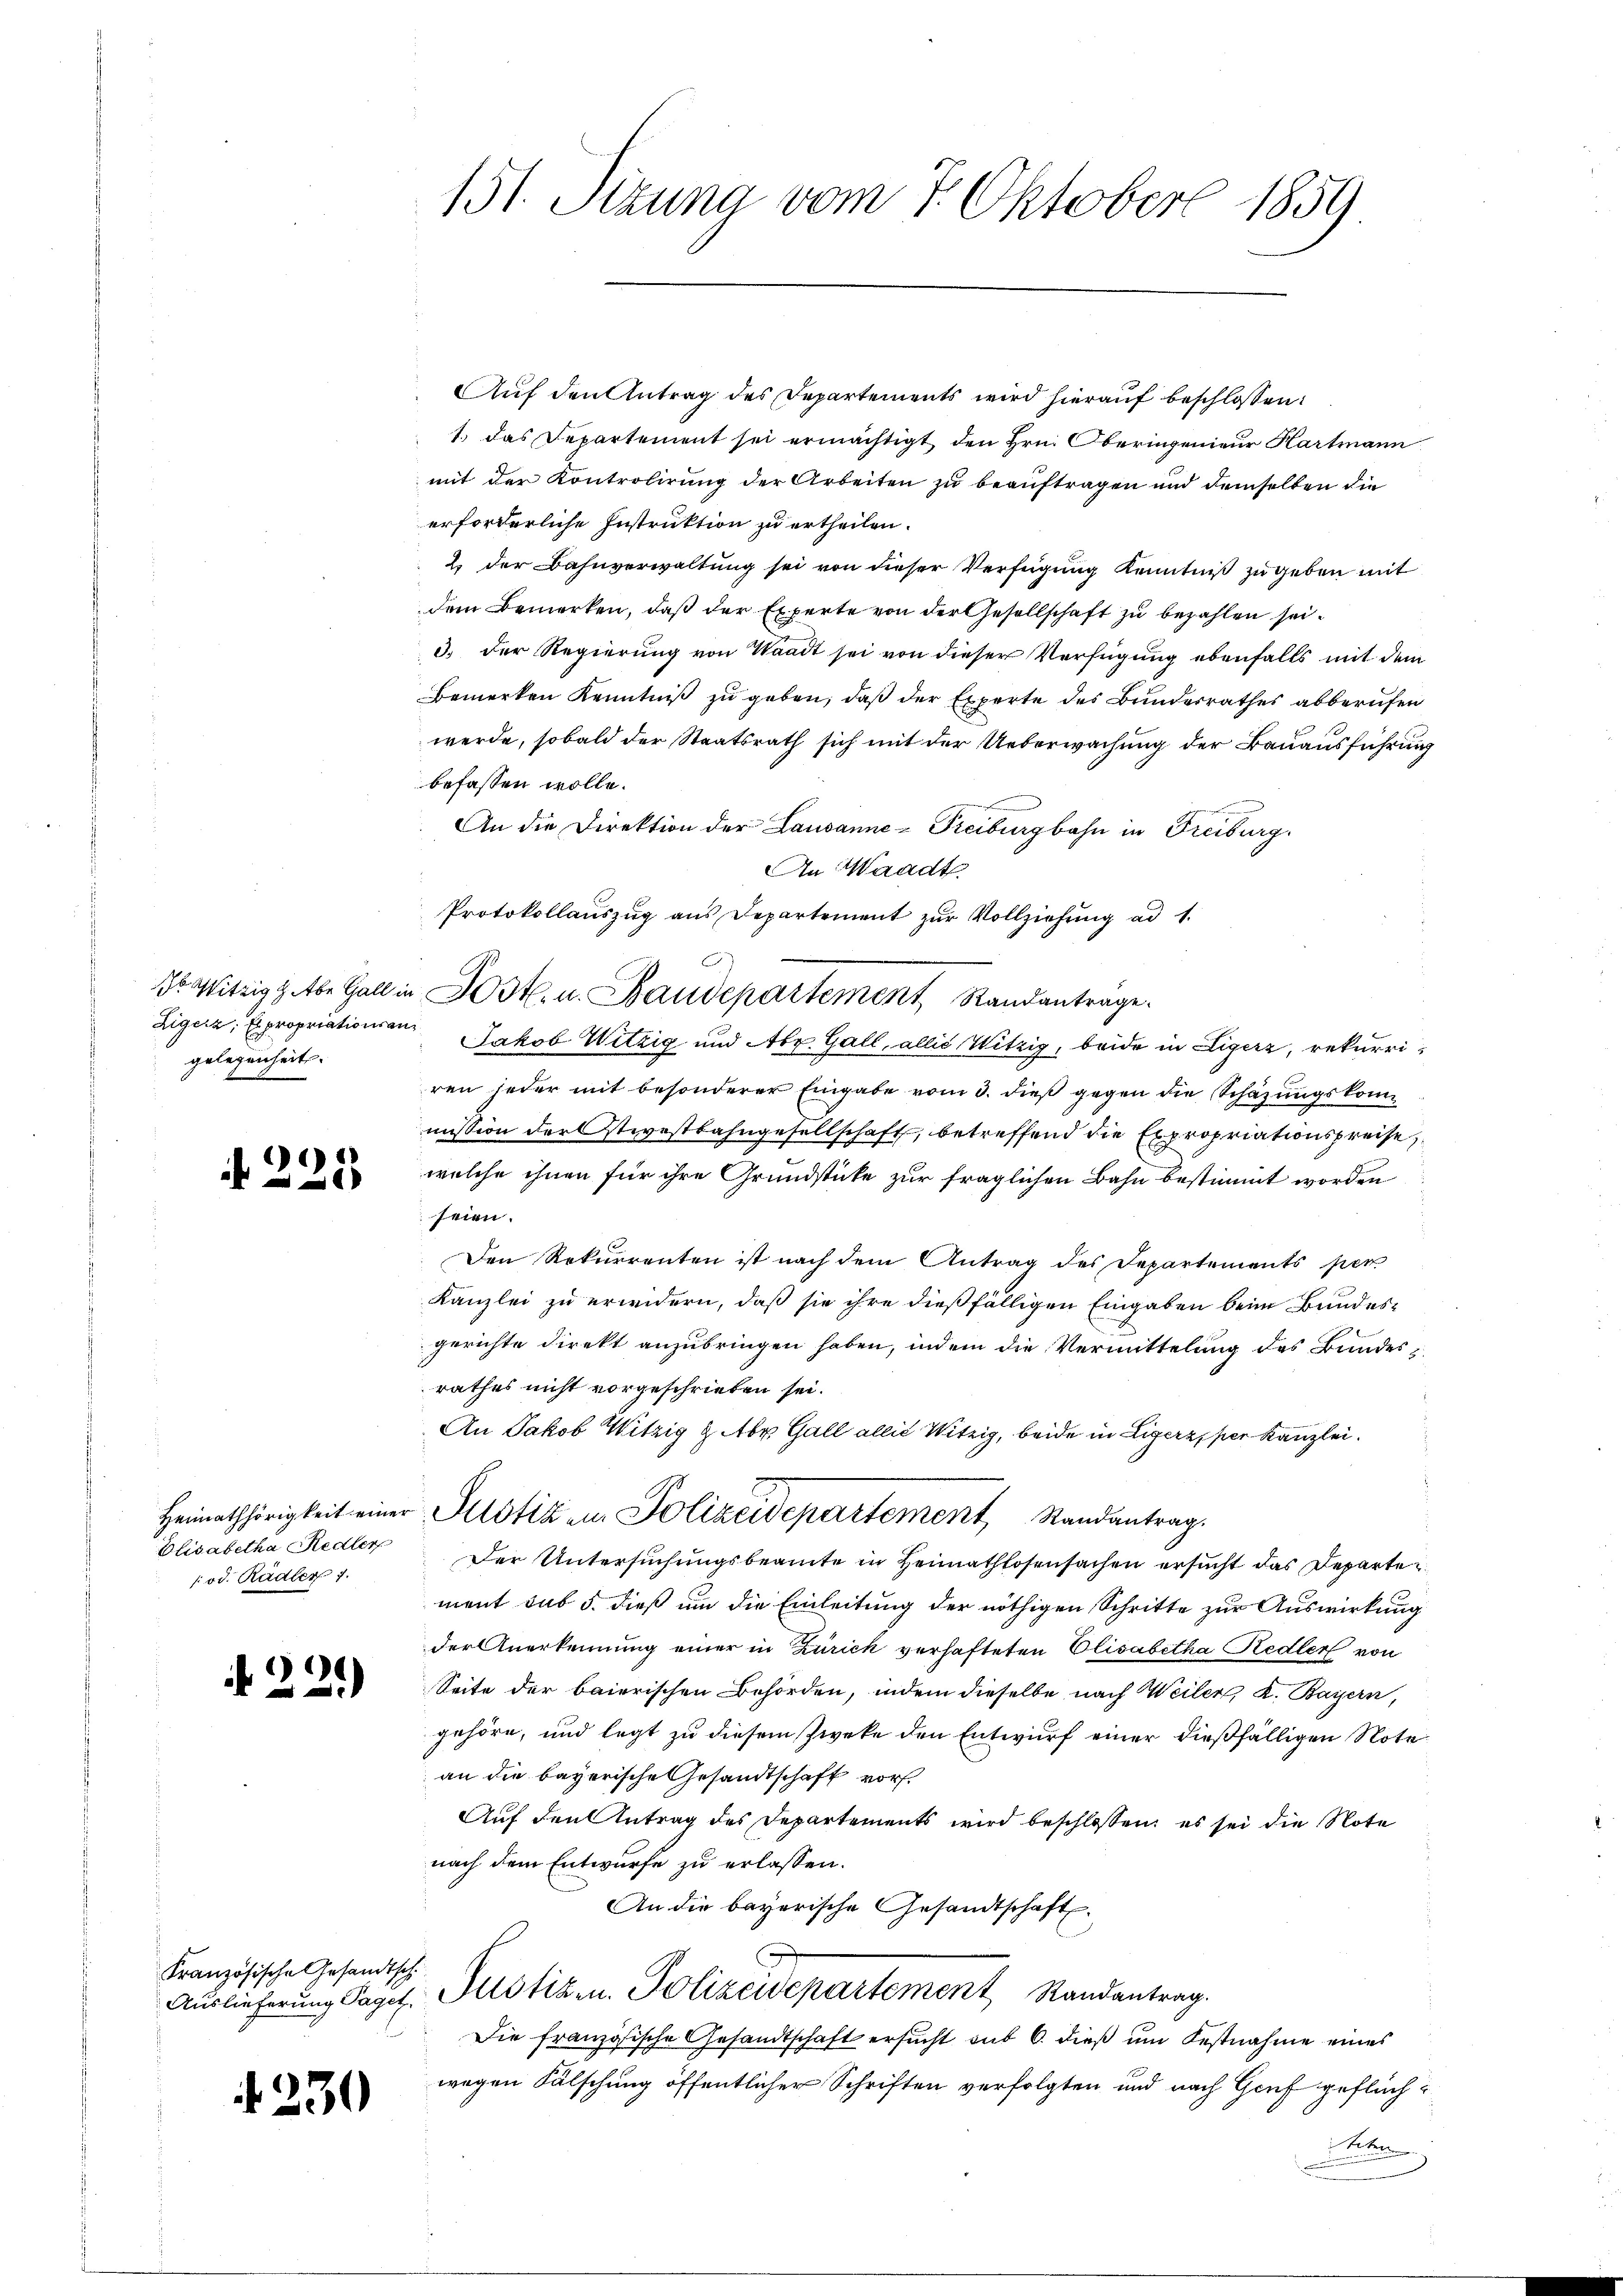
de Witzig habe Gall a
Zigern, Expropriationsan
gelegenheits.

221.

Heimathörigkeit einer
Elisabetha Redler
/ od. Radler 7.

)
s

Französische Gesandtsch

230

151. Stzung vom 7. Oktober 1859

Auf den Antrag des Departements wird hierauf beschlossen:
1. das Departement sei ermächtigt den Hrn. Oberingenieur Hartmann
mit der Kontrolirung der Arbeiten zu beauftragen und demselben die
erforderliche Instruktion zu ertheilen.
2. der Bahnverwaltung sei von dieser Verfügung Kenntniß zu geben mit
dem Bemerken, daß der Experte von der Gesellschaft zu bezahlen sei.
3. Der Regierung von Waadt sei von dieser Verfügung ebenfalls mit dem
Bemerken Kenntniß zu geben, daß der Experte des Bunderrathes abberufen
werde, sobald der Staatsrath sich mit der Ueberwachung der Bauausführen
befassen wolle.
An die Direktion der Lausanne - Freiburgbahn in Freiburg,
An Waadt.
Protokollaŭszŭg ans Departement zŭr Vollziehŭng ad 1.
Jakob Witzig und Abr. Gall, allis Witzig, beide in Higerz, rekurri
ren jeder mit besonderer Eingabe vom 3. dieß gegen die Schazungskommission der Stevestbahngesellschaft, betreffend die Expropriationspreise
welche ihnen für ihre Grundstücke zur fraglichen Bahn bestimmt worden
seien.
Den Rekurrenten ist nach dem Antrag des Departements per
Kanzlei zu erwidern, daß sie ihre dießfälligen Eingaben beim Bundesgerichte Direkt anzubringen haben, indem die Vermittelung des Bundesrathes nicht vorgeschrieben sei.
An Jakob Witzig & Abt. Gall allis Witzig, beide in Ligerz, per Kanzlei.
Justiz in Polizeidepartement, Randantrag.
Der Untersuchungsbeamte in Heimathlosensachen ersucht das Departement sub 5. dieß um die Einleitung der nöthigen Schritte zur Auswirkung
der Anerkennung einer in Zürick verhafteten Elisabetha Redler von
Seite der baierischen Behörden, indem dieselbe nach Weiler, A. Bayern,
gehöre, und legt zu diesem Zweke den Entwurf einer dießfälligen Note
an die bayerische Gesandtschaft vor¬
Auf den Antrag des Departements wird beschlossen, es sei die Note
nach dem Entwurfe zu erlassen.
An die bayerische Gesandtschaft
s
Auslieferung Paget. Motizen. Polizeidepartement Randantrag.
Die französische Gesandtschaft ersŭcht sub 6. dieß um Festnahme eines
wegen Fälschung öffentlicher Schriften verfolgten und nach Genf geflüchiten

Fost. u. Baudepartement Randantrage.